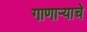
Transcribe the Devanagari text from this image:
गाणार्‍याचे